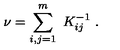
\nu = \sum _ { i , j = 1 } ^ { m } \ K _ { i j } ^ { - 1 } \ .